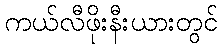
ကယ်လီဖိုးနီးယားတွင်